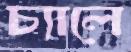
চ্যালে